Indian journal of veterinary science and animal husbandry - Volume 5,
Year: 1935
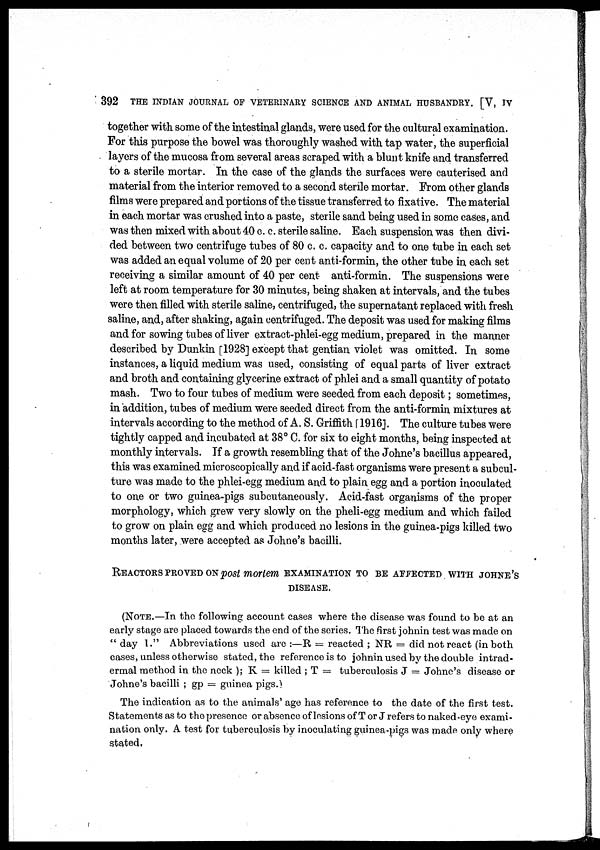
392 THE INDIAN JOURNAL OF VETERINARY SCIENCE AND ANIMAL HUSBANDRY. [V, IV
together with some of the intestinal glands, were used for the cultural examination.
For this purpose the bowel was thoroughly washed with tap water, the superficial
layers of the mucosa from several areas scraped with a blunt knife and transferred
to a sterile mortar. In the case of the glands the surfaces were cauterised and
material from the interior removed to a second sterile mortar. From other glands
films were prepared and portions of the tissue transferred to fixative. The material
in each mortar was crushed into a paste, sterile sand being used in some cases, and
was then mixed with about 40 c. c. sterile saline. Each suspension was then divi-
ded between two centrifuge tubes of 80 c. c. capacity and to one tube in each set
was added an equal volume of 20 per cent anti-formin, the other tube in each set
receiving a similar amount of 40 per cent anti-formin. The suspensions were
left at room temperature for 30 minutes, being shaken at intervals, and the tubes
were then filled with sterile saline, centrifuged, the supernatant replaced with fresh
saline, and, after shaking, again centrifuged. The deposit was used for making films
and for sowing tubes of liver extract-phlei-egg medium, prepared in the manner
described by Dunkin [1928] except that gentian violet was omitted. In some
instances, a liquid medium was used, consisting of equal parts of liver extract
and broth and containing glycerine extract of phlei and a small quantity of potato
mash. Two to four tubes of medium were seeded from each deposit; sometimes,
in addition, tubes of medium were seeded direct from the anti-formin mixtures at
intervals according to the method of A. S. Griffith [1916]. The culture tubes were
tightly capped and incubated at 38° C. for six to eight months, being inspected at
monthly intervals. If a growth resembling that of the Johne's bacillus appeared,
this was examined microscopically and if acid-fast organisms were present a subcul-
ture was made to the phlei-egg medium and to plain egg and a portion inoculated
to one or two guinea-pigs subcutaneously. Acid-fast organisms of the proper
morphology, which grew very slowly on the pheli-egg medium and which failed
to grow on plain egg and which produced no lesions in the guinea-pigs killed two
months later, were accepted as Johne's bacilli.
REACTORS PROVED ON post mortem EXAMINATION TO BE AFFECTED WITH JOHNE'S
DISEASE.
(NOTE—In the following account cases where the disease was found to be at an
early stage are placed towards the end of the series. The first johnin test was made on
" day 1." Abbreviations used are :—R = reacted ; NR = did not react (in both
cases, unless otherwise stated, the reference is to johnin used by the double intrad-
ermal method in the neck ); K = killed ; T = tuberculosis J = Johne's disease or
Johne's bacilli ; gp = guinea pigs.)
The indication as to the animals' age has reference to the date of the first test.
Statements as to the presence or absence of lesions of T or J refers to naked-eye exami-
nation only. A test for tuberculosis by inoculating guinea-pigs was made only where
stated.